Indian Medical Review
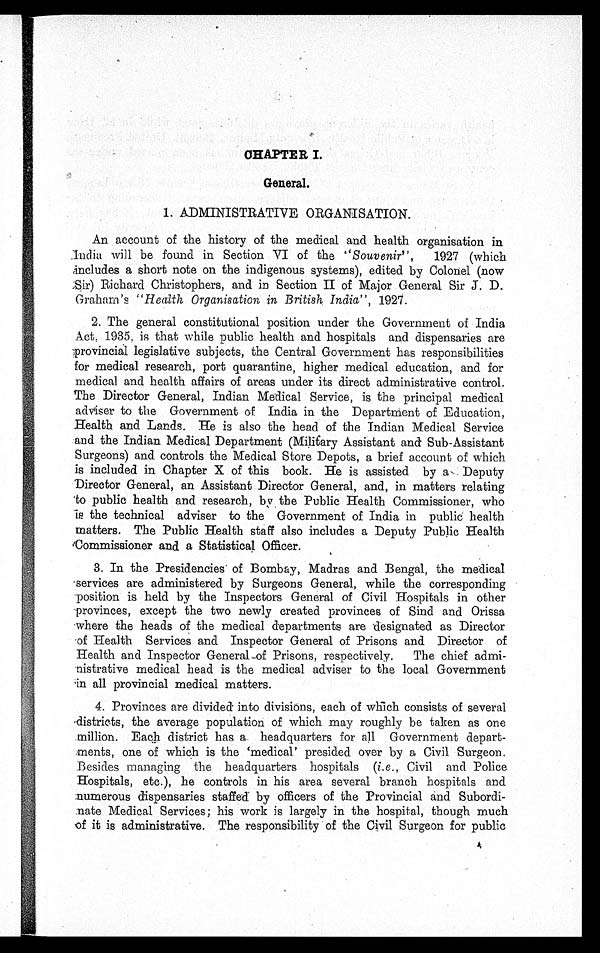
CHAPTER I.
General.
1. ADMINISTRATIVE ORGANISATION.
An account of the history of the medical and health organisation in
India will be found in Section VI of the " Souvenir", 1927 (which
includes a short note on the indigenous systems), edited by Colonel (now
Sir) Richard Christophers, and in Section II of Major General Sir J. D.
Graham's " Health Organisation in British India",, 1927.
2. The general constitutional position under the Government of India
Act, 1935, is that while public health and hospitals and dispensaries are
p r o v i n c i a l l e g i s l a t i v e s u b j e c t s , t h e C e n t r a l G o v e r n m e n t h a s r e s p o n s i b i l i t i e s
for medical research, port quarantine, higher medical education, and for
medical and health affairs of areas under its direct administrative control.
The Director General, Indian Medical Service, is the principal medical
adviser to the Government of India in the Department of Education,
Health and Lands. He is also the head of the Indian Medical Service
and the Indian Medical Department (Military Assistant and Sub-Assistant
Surgeons) and controls the Medical Store Depots, a brief account of which
is included in Chapter X of this book. He is assisted by a Deputy
Director General, an Assistant Director General, and, in matters relating
to public health and research, by the Public Health Commissioner, who
is the technical adviser to the Government of India in public health
matters. The Public Health staff also includes a Deputy Public Health
Commissioner and a Statistical Officer.
3. In the Presidencies of Bombay, Madras and Bengal, the medical
services are administered by Surgeons General, while the corresponding
position is held by the Inspectors General of Civil Hospitals in other
provinces, except the two newly created provinces of Sind and Orissa
where the heads of the medical departments are designated as Director
of Health Services and Inspector General of Prisons and Director of
Health and Inspector General-of Prisons, respectively. The chief admi
-
nistrative medical head is the medical adviser to the local Government
in all provincial medical matters.
4. Provinces are divided into divisions, each of which consists of several
districts, the average population of which may roughly be taken as one
million. Each district has a headquarters for all Government depart
-
ments, one of which is the 'medical' presided over by a Civil Surgeon.
Besides managing the headquarters hospitals ( i.e ., Civil and Police
Hospitals, etc.), he controls in his area several branch hospitals and
numerous dispensaries staffed by officers of the Provincial and Subordi
-
nate Medical Services; his work is largely in the hospital, though much
of it is administrative. The responsibility of the Civil Surgeon for public
4